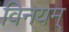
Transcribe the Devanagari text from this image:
विनयम्